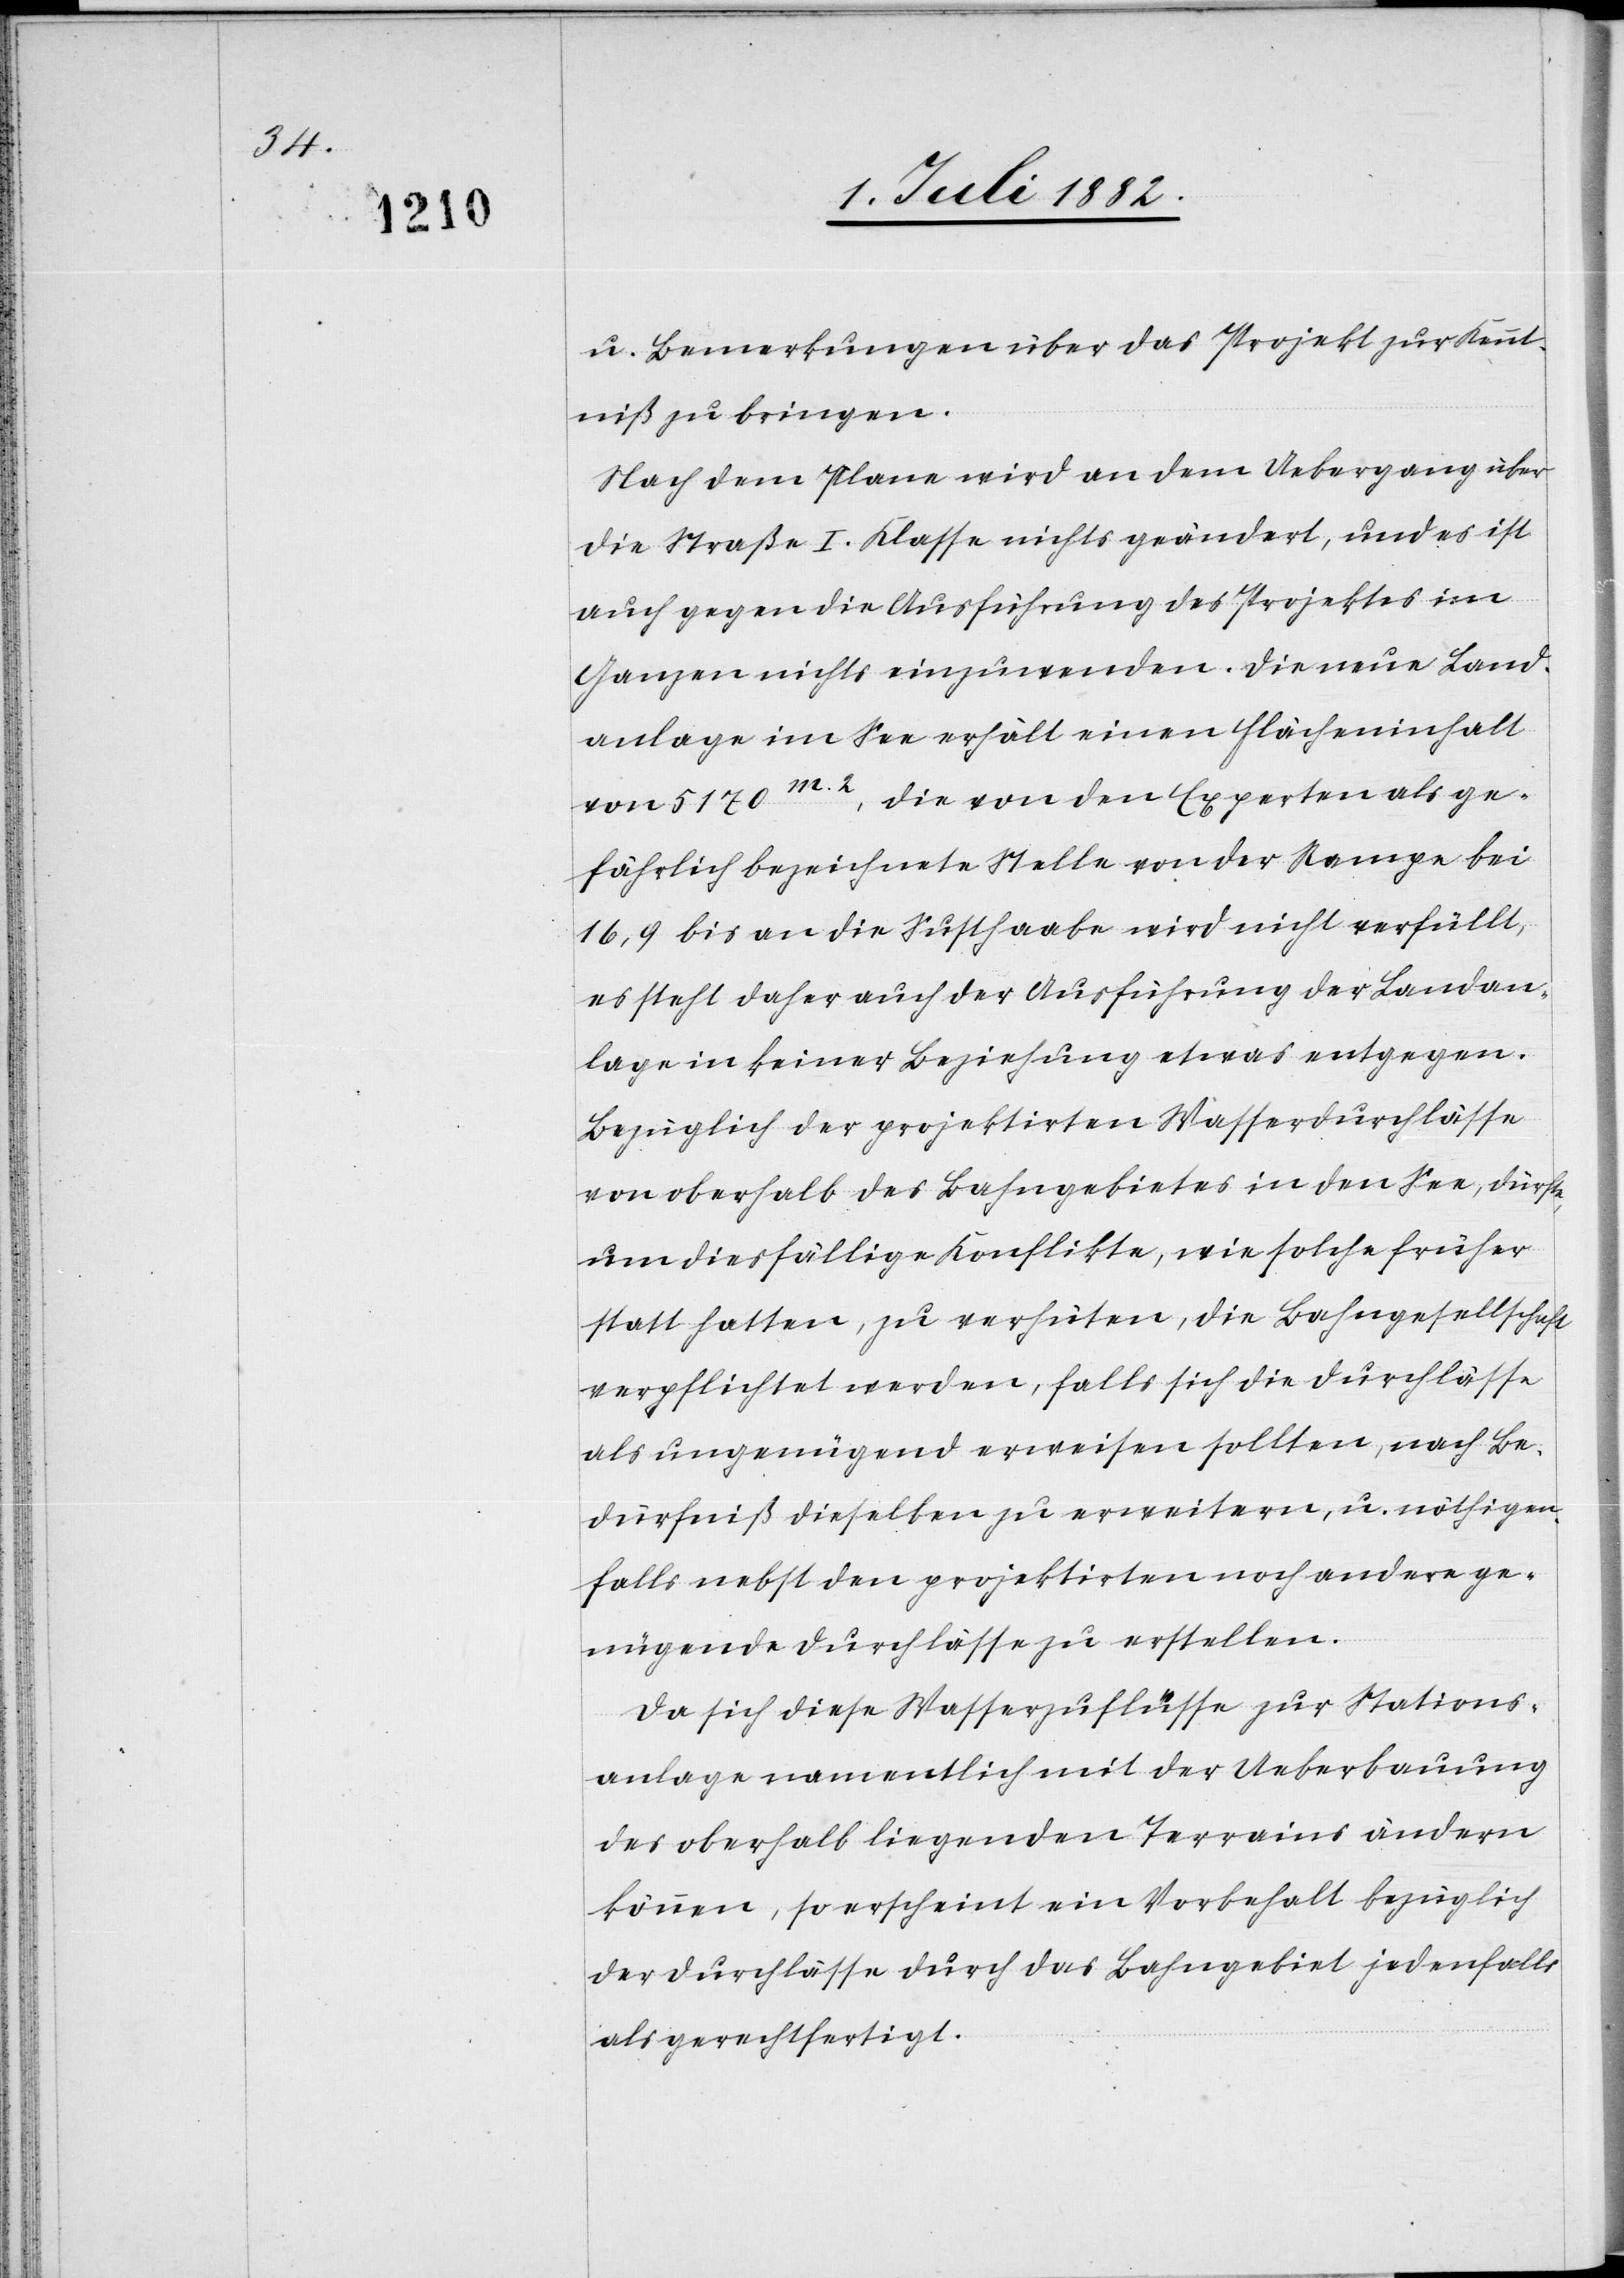
u. Bemerkungen über das Projekt zur Kennt¬
niß zu bringen.
Nach dem Plane wird an dem Uebergang über
die Straße I. Klasse nichts geändert, und es ist
auch gegen die Ausführung des Projektes im
Ganzen nichts einzuwenden. Die neue Land¬
anlage im See erhält einen Flächeninhalt
die von den Experten als ge¬
von 5170m.2,
fährlich bezeichnete Stelle von der Rampe bei
16,9 bis an die Susthaabe wird nicht verfüllt,
es steht daher auch der Ausführung der Landan¬
lage in keiner Beziehung etwas entgegen.
Bezüglich der projektirten Wasserdurchlässe
von oberhalb des Bahngebietes in den See, dürfe
um diesfällige Konflikte, wie solche früher
statt hatten, zu verhüten, die Bahngesellschaft
verpflichtet werden, falls sich die Durchlässe
als ungenügend erweisen sollten, nach Be¬
dürfniß dieselben zu erweitern, u. nöthigen
Falls nebst den projektirten noch andere ge¬
nügende Durchlässe zu erstellen.
Da sich diese Wasserzuflüsse zur Stations¬
anlage namentlich mit der Ueberbauung
des oberhalb liegenden Terrains ändern
können, so erscheint ein Vorbehalt bezüglich
der Durchlässe durch das Bahngebiet jedenfalls
als gerechtfertigt.